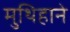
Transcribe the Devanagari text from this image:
मुथिहाने